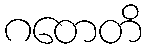
ဂတေတိ